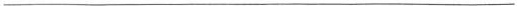
___